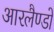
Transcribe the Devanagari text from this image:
आरलैण्डो